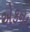
એકના